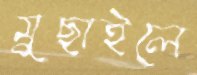
মুছাইলে